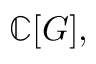
\mathbb { C } [ G ] ,